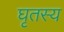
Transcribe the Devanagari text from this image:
घृतस्य